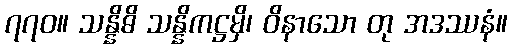
၇၇၀။ သန္နိဓိ သန္နိကဋ္ဌမှိ၊ ဝိနာသော တု အဒဿနံ။